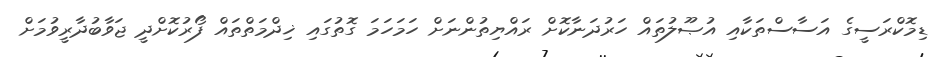
ޑިމޮކްރަސީގެ އަސާސްތަކާއި އުޞޫލުތައް ހަރުދަނާކޮށް ރައްޔިތުންނަށް ހަމަހަމަ ގޮތުގައި ޚިދްމަތްތައް ފޯރުކޮށްދީ ޖަވާބުދާރީވުމަށް